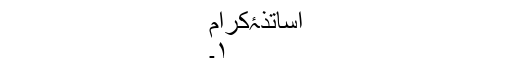
اساتذۂکرام
۱۔